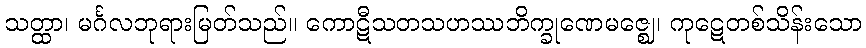
သတ္ထာ၊ မင်္ဂလဘုရားမြတ်သည်။ ကောဋီသတသဟဿဘိက္ခုဏေမဇ္ဈေ၊ ကုဋေတစ်သိန်းသော